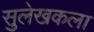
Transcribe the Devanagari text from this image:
सुलेखकला